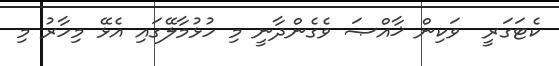
ކެޓަގަރީ  ވަކިން ޚާއްޞަ ވެގެންދާނީ މި ހުޅުމާލޭގައި އެޅޭ މިހާރު މި